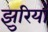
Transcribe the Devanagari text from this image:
झुरियाँ